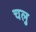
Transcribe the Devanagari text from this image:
चलु